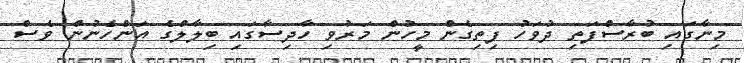
މިނާގައި ބުރާސްފަތި ދުވަހު ފިތިގެން މީހުން މަރުވި ހާދިސާގައި ބިލާލްގެ އަންހެނުން ވެސް